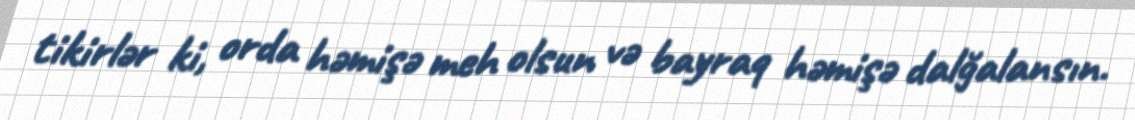
tikirlər ki, orda həmişə meh olsun və bayraq həmişə dalğalansın.